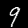
Label: 9